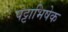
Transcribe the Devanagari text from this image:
पट्टाभिषेक